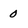
Character: 0